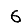
Digit: 6